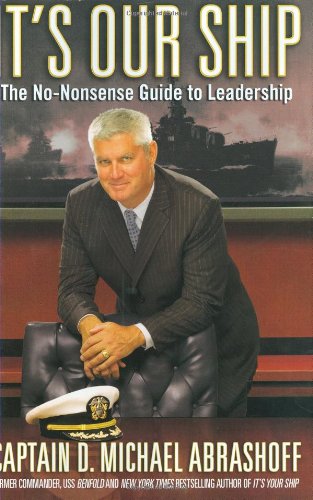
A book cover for It's Our Ship: The No-Nonsense Guide to Leadership; Captain D. Michael Abrashoff; Engineering & Transportation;